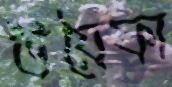
উয়ৈফা